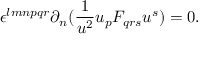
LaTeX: \epsilon ^ { l m n p q r } \partial _ { n } ( { \frac { 1 } { u ^ { 2 } } } u _ { p } { \cal F } _ { q r s } u ^ { s } ) = 0 .